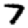
Digit: 7